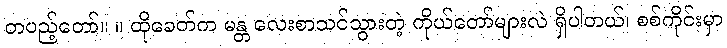
တပည့်တော်။ ။ ထိုခေတ်က မန္တ လေးစာသင်သွားတဲ့ ကိုယ်တော်များလဲ ရှိပါတယ်၊ စစ်ကိုင်းမှာ